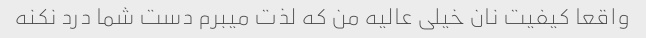
واقعا کیفیت نان خیلی عالیه من که لذت میبرم دست شما درد نکنه